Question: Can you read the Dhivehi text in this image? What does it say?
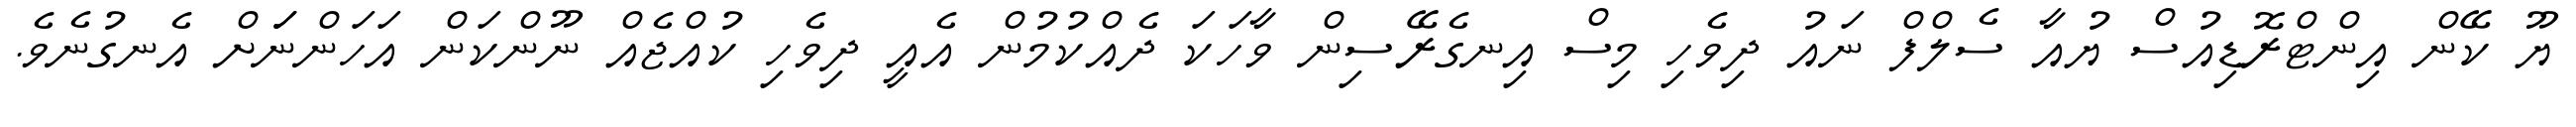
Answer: ޔޫ ކޭން އިންޓްރޮޑިއުސް ޔުއާ ސެލްފް ނައު ދިވެހި މިސް އިނގެރޭސިން ވާހަކަ ދެއްކުމުން އެއީ ދިވެހި ކުއްޖެއް ނޫންކަން އަހަންނަަށް އެނގުނެވެ.